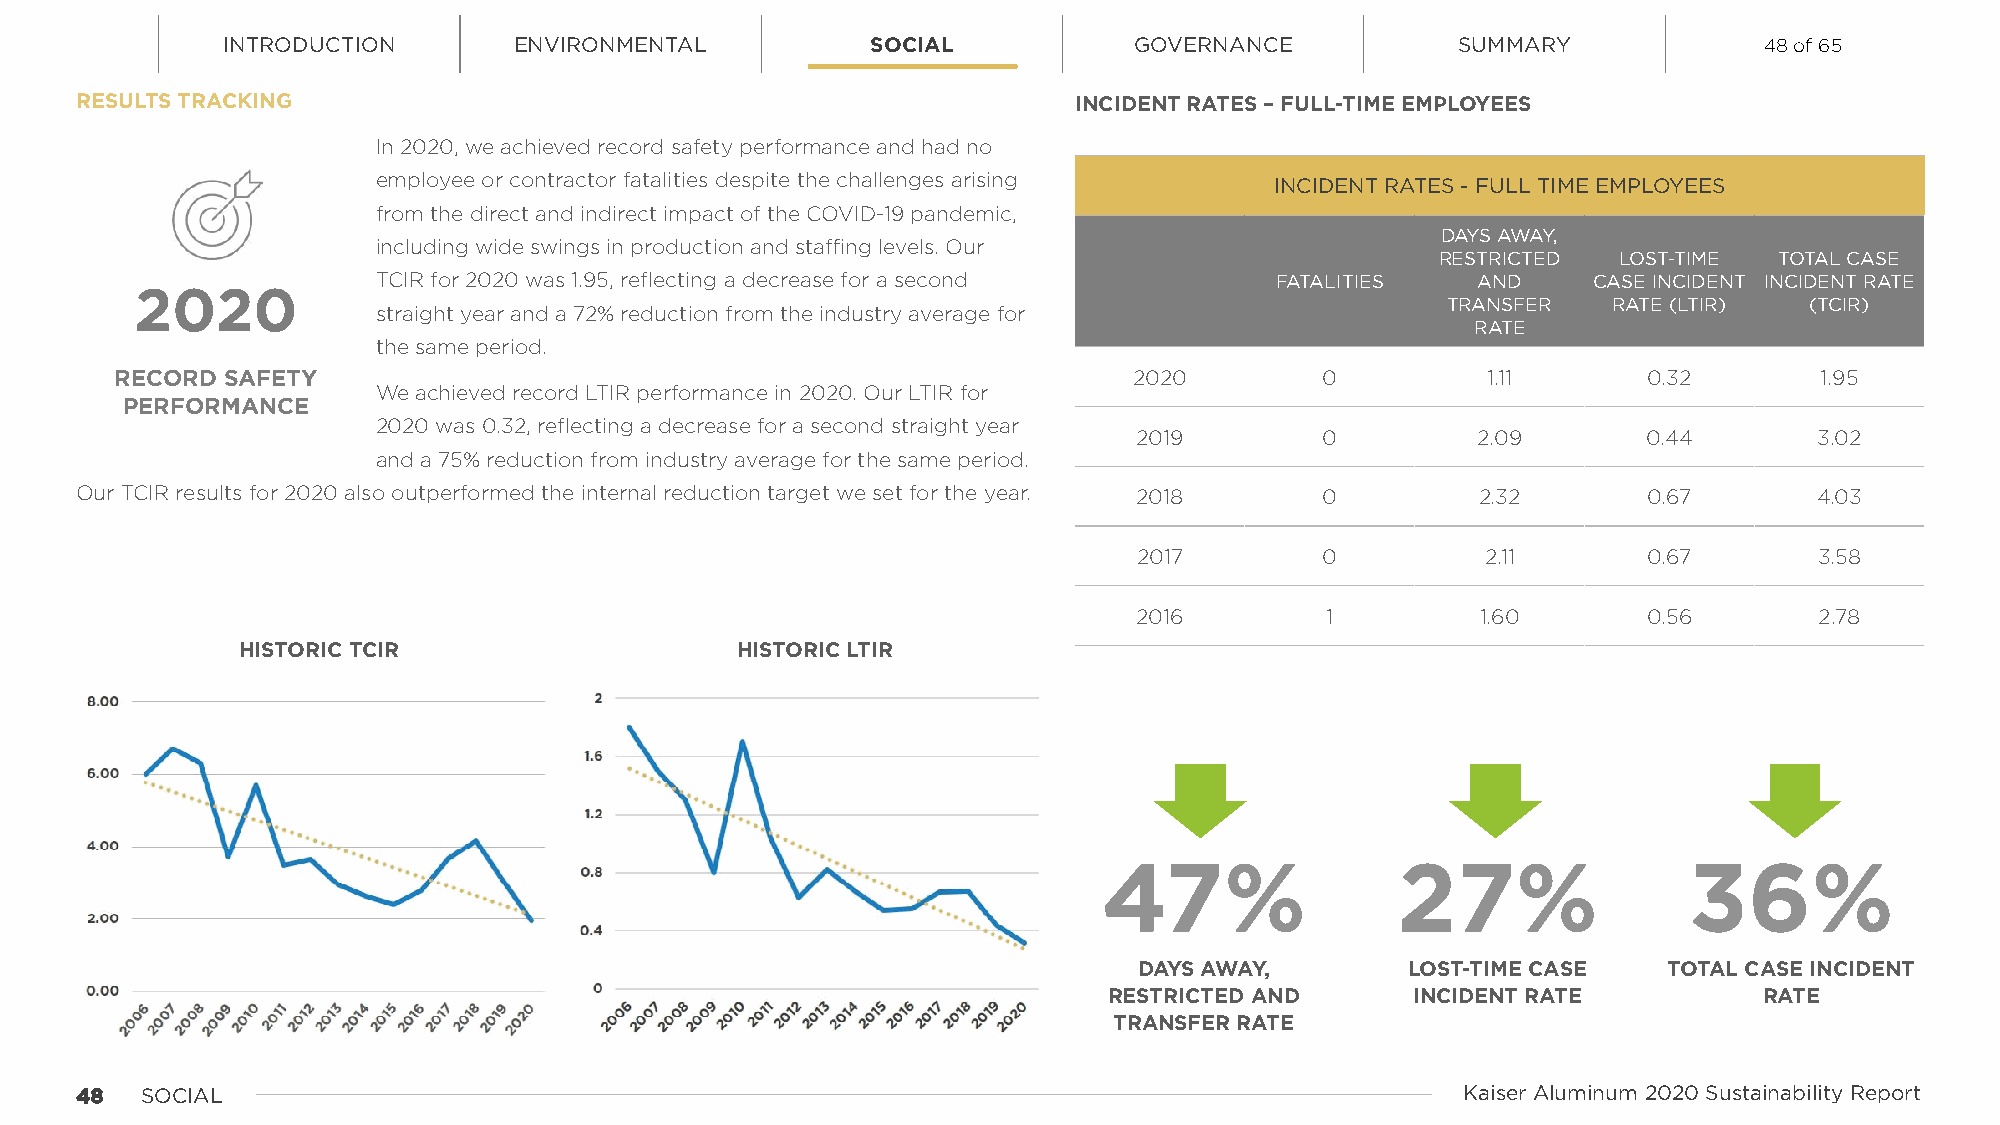
INTRODUCTION       ENVIRONMENTAL           SOCIAL           GOVERNANCE            SUMMARY             48 of 65
 RESULTS TRACKING                                                  INCIDENT RATES – FULL-TIME EMPLOYEES
 In 2020, we achieved record safety performance and had no
 employee or contractor fatalities despite the challenges arising
 INCIDENT RATES - FULL TIME EMPLOYEES
 from the direct and indirect impact of the COVID-19 pandemic,
 DAYS AWAY,
 including wide swings in production and staffing levels. Our
 RESTRICTED  LOST-TIME  TOTAL CASE
 TCIR for 2020 was 1.95, reflecting a decrease for a second FATALITIES    AND    CASE INCIDENT INCIDENT RATE
 2020
 TRANSFER   RATE (LTIR)  (TCIR)
 straight year and a 72% reduction from the industry average for
 RATE
 the same period.
 RECORD SAFETY                                                      2020         0         1.11       0.32       1.95
 We achieved record LTIR performance in 2020. Our LTIR for
 PERFORMANCE
 2020 was 0.32, reflecting a decrease for a second straight year
 2019         0         2.09       0.44       3.02
 and a 75% reduction from industry average for the same period.
 Our TCIR results for 2020 also outperformed the internal reduction target we set for the year. 2018 0 2.32 0.67    4.03
 2017         0         2.11       0.67       3.58
 2016         1         1.60       0.56       2.78
 HISTORIC TCIR                    HISTORIC LTIR
 47%                27%                 36%
 DAYS AWAY,        LOST-TIME CASE   TOTAL CASE INCIDENT
 RESTRICTED AND       INCIDENT RATE          RATE
 TRANSFER RATE
 4488 SOCIAL                                                                                 Kaiser Aluminum 2020 Sustainability Report